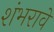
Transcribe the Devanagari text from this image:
शंभरावे